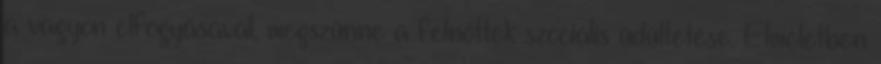
a vagyon elfogyásával, megszűnne a felnőttek szociális üdültetése. Elméletben